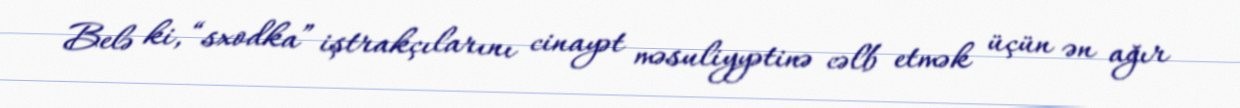
Belə ki, “sxodka” iştrakçılarını cinayət məsuliyyətinə cəlb etmək üçün ən ağır